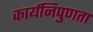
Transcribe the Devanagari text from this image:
कार्यनिपुणता